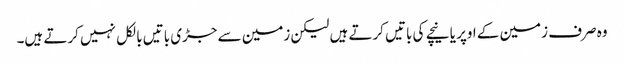
وہ صرف زمین کے اوپر یا نیچے کی باتیں کرتے ہیں لیکن زمین سے جڑی باتیں بالکل نہیں کرتے ہیں۔